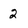
Character: 2